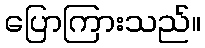
ပြောကြားသည်။